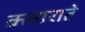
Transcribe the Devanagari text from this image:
क्लाराते